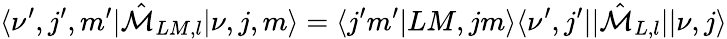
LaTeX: \langle\nu^{\prime},j^{\prime},m^{\prime}|\hat{\mathcal{M}}_{LM,l}|\nu,j,m\rangle=\langle j^{\prime}m^{\prime}|LM,jm\rangle\langle\nu^{\prime},j^{\prime}||\hat{\mathcal{M}}_{L,l}||\nu,j\rangle